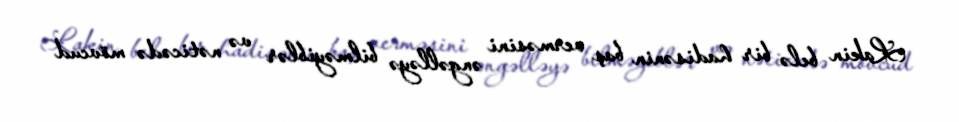
Lakin belə bir hadisənin baş verməsini əngəlləyə bilməyiblər və nəticədə mövcud